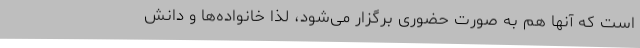
است که آنها هم به صورت حضوری برگزار می‌شود، لذا خانواده‌ها و دانش